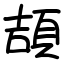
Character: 頡